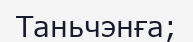
Таньчэнға;